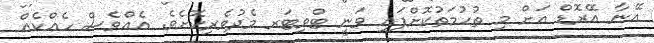
އޭނާ އޭރޮޑް އަށް މި ތުހުމަތުކޮށްފައި ވަނީ ޓްވިޓަރ މެދުވެރިކޮށެވެ. އެއްވެސް ހެއްކެއް